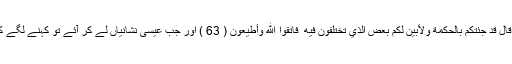
وہ تو تمہارا اعلاینہ دشمن ہےوَلَمَّا جَاءَ عِيسَىٰ بِالْبَيِّنَاتِ قَالَ قَدْ جِئْتُكُم بِالْحِكْمَةِ وَلِأُبَيِّنَ لَكُم بَعْضَ الَّذِي تَخْتَلِفُونَ فِيهِ ۖ فَاتَّقُوا اللَّهَ وَأَطِيعُونِ ( 63 ) اور جب عیسیٰ نشانیاں لے کر آئے تو کہنے لگے کہ میں تمہارے پاس دانائی (کی کتاب) لے کر آیا ہوں۔